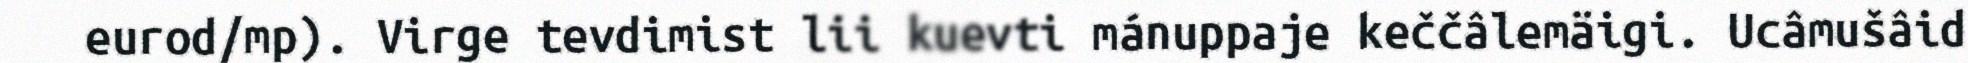
eurod/mp). Virge tevdimist lii kuevti mánuppaje keččâlemäigi. Ucâmušâid